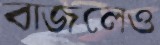
বাজলেও